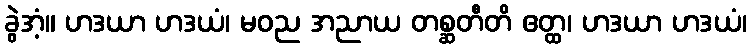
ခွဲအံ့။ ဟဒယာ ဟဒယံ၊ မဝည အညာယ တစ္ဆတီတိ ဧတ္ထ၊ ဟဒယာ ဟဒယံ၊